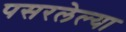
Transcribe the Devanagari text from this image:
पसरलेल्‍या